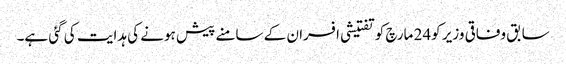
سابق وفاقی وزیر کو24 مارچ کو تفتیشی افسران کے سامنے پیش ہونے کی ہدایت کی گئی ہے۔